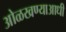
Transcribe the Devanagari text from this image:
ओळखण्याआधी